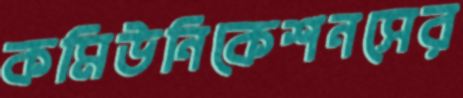
কমিউনিকেশনসের